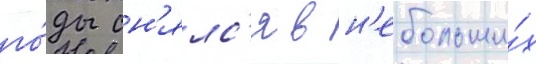
го́ды сн'ялс'я в н'ебольши́х